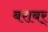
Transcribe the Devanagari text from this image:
बराबर्